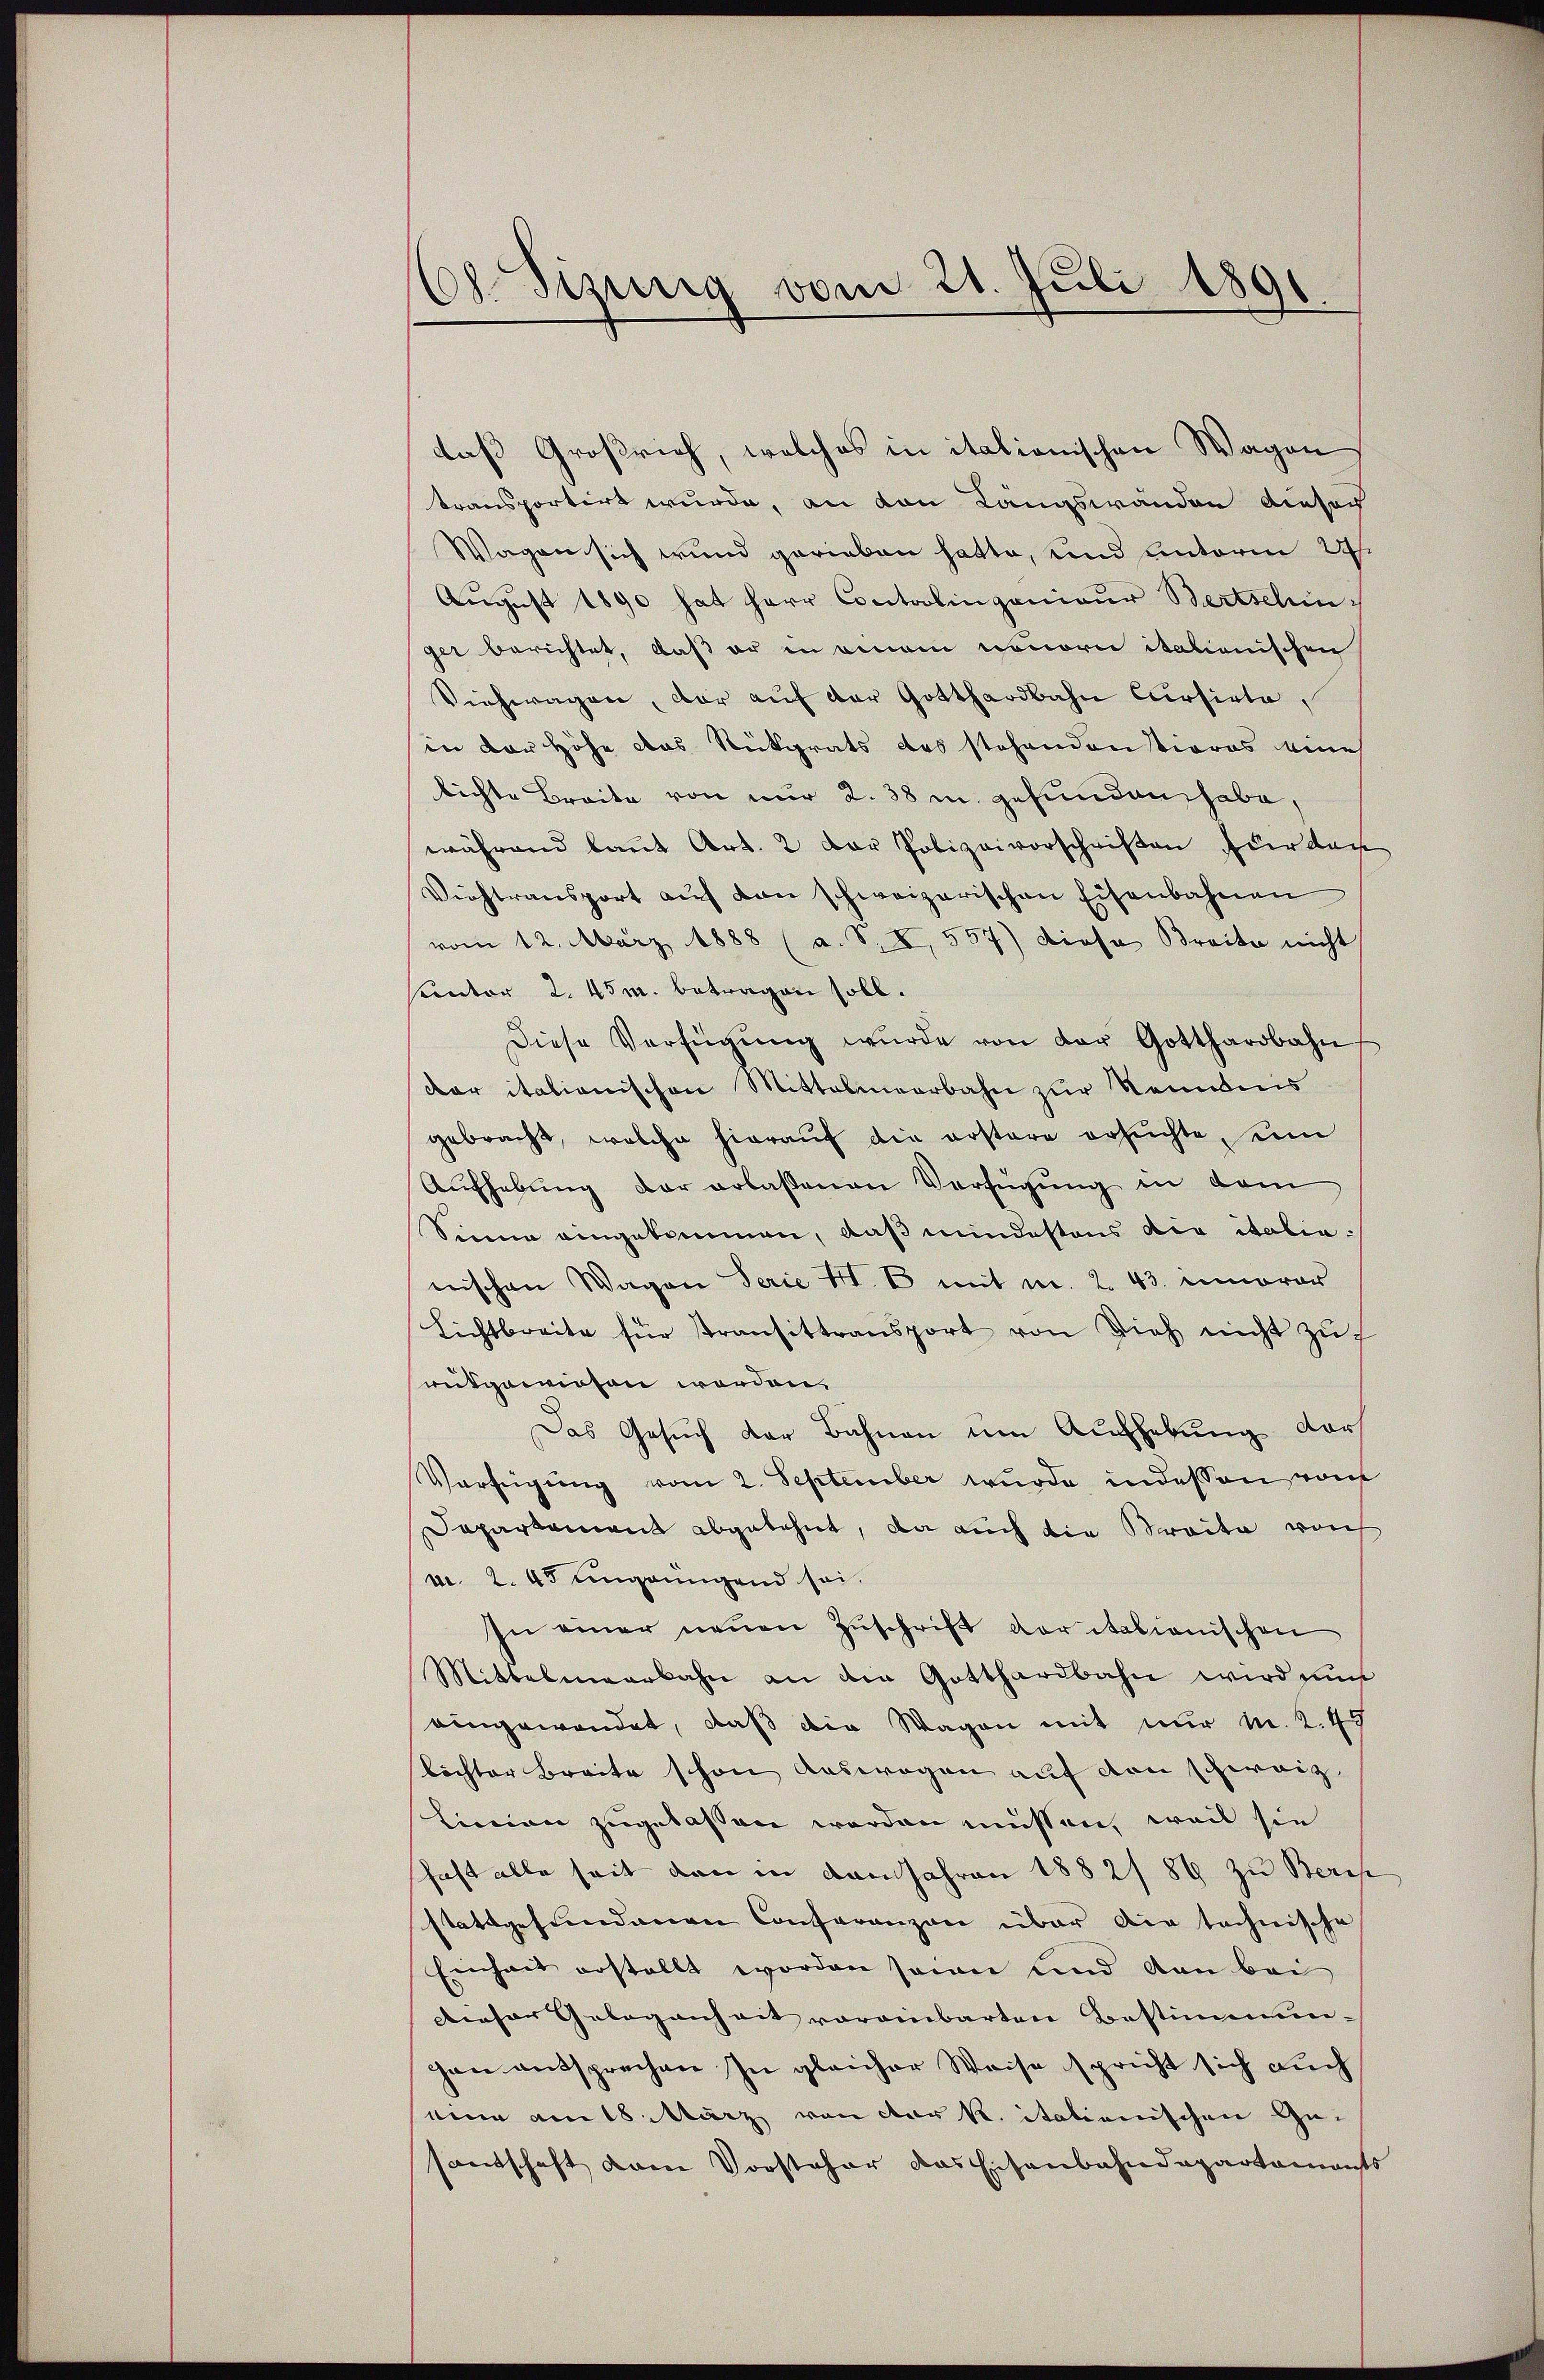
68. Sizig vom 21. Juli 1891

daß Großrich, welches in italionischen Wagen
transportirt wurde, an den Langswänden diesach
Wagen sich wund gerieben hatte, und unterm 24.
August 1890 hat Herr Controlingenieur Bertschinger berichtet, daß er in einem nonore italionischen
Viehtragen, der auf der Gotthardbahn Cursirte.
in der Höhe das Rückgrats des stehendentiores eine
lichte Breite von nur 2. 38 in gefunden habe,
während laut Art. 2 der Polizeivorschriften für dan
Vichtransport auf von schweizerischen Eisenbahnen
vom 12. März 1888 (a. S. I, 557) diese Breite nicht
sunter 2. 45m. betragen soll.
Diese Verfügŭng wurde von der Gotthardbahn
dar italionischen Mittelmeerbahn zur Kenntnis
gebracht, welche hieraŭf die erstere ersŭchte, seine
Aufhebung der erlaßenen Verfügung in dem
Sinne eingekommen, daß mindestens die italianischen Wagen Serie II. B. mit m. 2. 43. innover
Lichtbreite für Transittransport von Vieh nicht zu
mitgewiesen worden.
Das Gesuch der Bahnen um Aufhebung darf
Verfügung vom 2. September wurde, indessen von
Dapartament abgelehnt, da auch die Streite vorh
v. 2. 45 ungungend sei.
In einer neuen Zuschrift der italienischen
Mittelmeerbahn an die Gotthardbahn wird nun
eingewendet, daß die Wagen mit nur M. 2. 49
töchter Breite schon auswegen auf den schweiz.
Linien zugelassen werden müssen, weil sie
shaft alle seit dann in vom Jahren 1882/89 zu Beri
stattgefundenen Conferenzen über die technische
Einheit erstellt worden seinen und dan bei
Dieser Gelegenheit voreinbarten Bestimmungen entsprechen In gleicher Weise spricht sich auch
seine am 18. März von der K. itationischen Gesantschaft vom Vorsteher das Eisenbahndepartaments